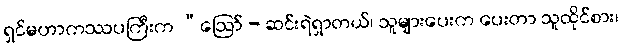
ရှင်မဟာကဿပကြီးက “ဩော် - ဆင်းရဲရှာတယ်၊ သူများပေးက ပေးတာ သူထိုင်စား၊